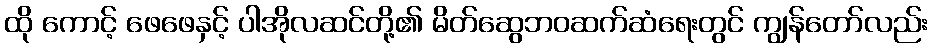
ထို ကောင့် ဖေဖေနှင့် ပါအိုလဆင်တို့၏ မိတ်ဆွေဘဝဆက်ဆံရေးတွင် ကျွန်တော်လည်း